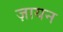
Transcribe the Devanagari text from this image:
ज़ायन